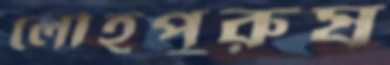
লৌহপুরুষ